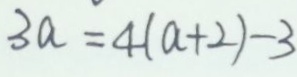
3 a = 4 ( a + 2 ) - 3